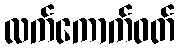
လက်ကောက်ဝတ်